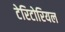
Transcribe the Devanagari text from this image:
टेरिटोरियल